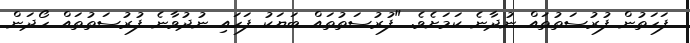
ފަހަތުން ފުރުސަތުތައް ނުދާނެ ކަމަށެވެ. "ފުރުސަތުތައް ބަޔަކު ފަހައި ނުދުވާނެ ފުރުސަތުތައް ހޯދަން